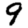
Digit: 9